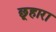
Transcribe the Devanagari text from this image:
छूहारा